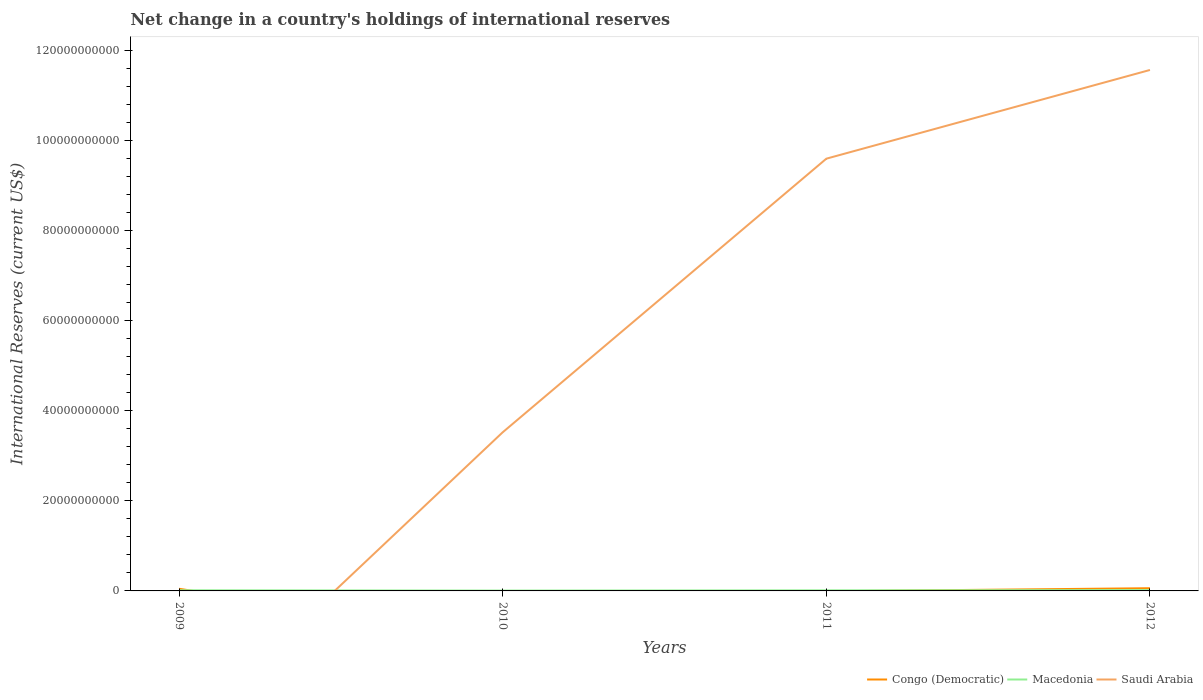
| Years | Congo (Democratic) | Macedonia | Saudi Arabia |
 | --- | --- | --- | --- |
 | 2009 | 4.8e+08 | 1.47e+08 | -3.26e+10 |
 | 2010 | -1.06e+10 | 7.81e+07 | 3.53e+10 |
 | 2011 | -8.23e+07 | 1.33e+08 | 9.61e+10 |
 | 2012 | 6.01e+08 | 1.85e+08 | 1.16e+11 |